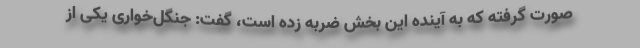
صورت گرفته که به آینده این بخش ضربه زده است، گفت: جنگل‌خواری یکی از